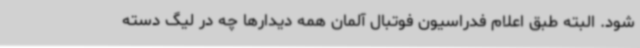
شود. البته طبق اعلام فدراسیون فوتبال آلمان همه دیدارها چه در لیگ دسته